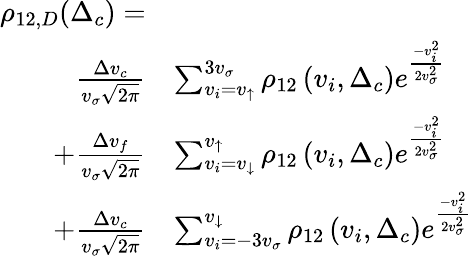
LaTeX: \begin{array}{rl}{\rho_{12,D}(\Delta_{c})=}&{}\\ {~\frac{\Delta v_{c}}{v_{\sigma}\sqrt{2\pi}}}&{\sum_{v_{i}=v_{\uparrow}}^{3v_{\sigma}}\rho_{12}\left(v_{i},\Delta_{c}\right)e^{\frac{-v_{i}^{2}}{2v_{\sigma}^{2}}}}\\ {+\frac{\Delta v_{f}}{v_{\sigma}\sqrt{2\pi}}}&{\sum_{v_{i}=v_{\downarrow}}^{v_{\uparrow}}\rho_{12}\left(v_{i},\Delta_{c}\right)e^{\frac{-v_{i}^{2}}{2v_{\sigma}^{2}}}}\\ {+\frac{\Delta v_{c}}{v_{\sigma}\sqrt{2\pi}}}&{\sum_{v_{i}=-3v_{\sigma}}^{v_{\downarrow}}\rho_{12}\left(v_{i},\Delta_{c}\right)e^{\frac{-v_{i}^{2}}{2v_{\sigma}^{2}}}}\end{array}